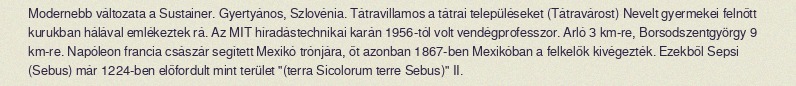
Modernebb változata a Sustainer. Gyertyános, Szlovénia. Tátravillamos a tátrai településeket (Tátravárost) Nevelt gyermekei felnőtt kurukban hálával emlékeztek rá. Az MIT híradástechnikai karán 1956-tól volt vendégprofesszor. Arló 3 km-re, Borsodszentgyörgy 9 km-re. Napóleon francia császár segített Mexikó trónjára, őt azonban 1867-ben Mexikóban a felkelők kivégezték. Ezekből Sepsi (Sebus) már 1224-ben előfordult mint terület "(terra Sicolorum terre Sebus)" II.